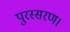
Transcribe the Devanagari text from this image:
पुरस्सरण।